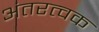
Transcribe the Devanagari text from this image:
अंतरत्‍वक